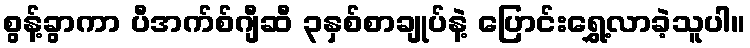
စွန့်ခွာကာ ပီအက်စ်ဂျီဆီ ၃နှစ်စာချုပ်နဲ့ ပြောင်းရွှေ့လာခဲ့သူပါ။